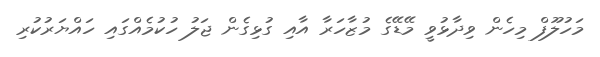
މަހުލޫފް މިހެން ވިދާޅުވީ މޭޑޭގެ މުޒާހަރާ އާއި ގުޅިގެން ޖަލު ހުކުމެއްގައި ހައްޔަރުކުރި